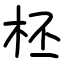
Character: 柸